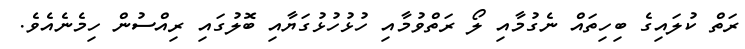
ރަތް ކުލައިގެ ބިހިތައް ނެގުމާއި ލޯ ރަތްވުމާއި ހުޅުހުޅުގަޔާއި ބޮލުގައި ރިއްސުން ހިމެނެއެވެ.